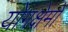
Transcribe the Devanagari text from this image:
योगक्षेमो